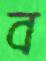
ব